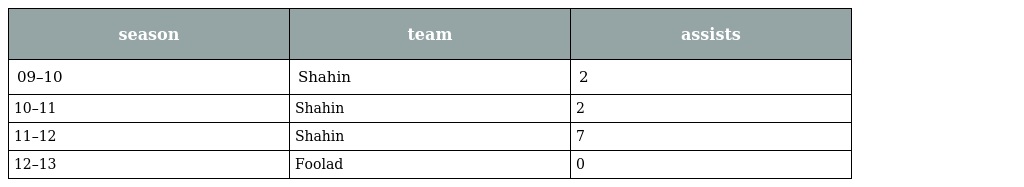
| season | team | assists |
 | --- | --- | --- |
 | 09–10 | Shahin | 2 |
 | 10–11 | Shahin | 2 |
 | 11–12 | Shahin | 7 |
 | 12–13 | Foolad | 0 |